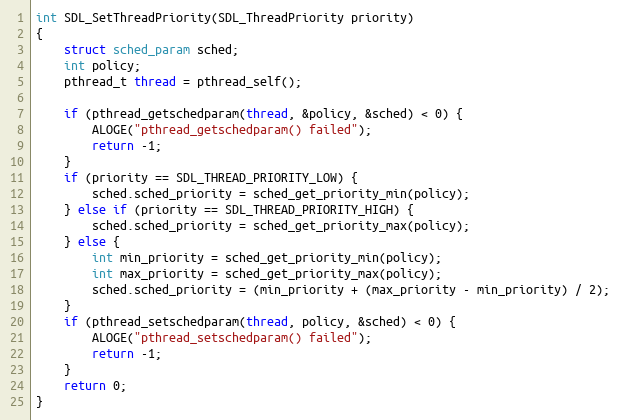
Language: C
int SDL_SetThreadPriority(SDL_ThreadPriority priority)
{
    struct sched_param sched;
    int policy;
    pthread_t thread = pthread_self();

    if (pthread_getschedparam(thread, &policy, &sched) < 0) {
        ALOGE("pthread_getschedparam() failed");
        return -1;
    }
    if (priority == SDL_THREAD_PRIORITY_LOW) {
        sched.sched_priority = sched_get_priority_min(policy);
    } else if (priority == SDL_THREAD_PRIORITY_HIGH) {
        sched.sched_priority = sched_get_priority_max(policy);
    } else {
        int min_priority = sched_get_priority_min(policy);
        int max_priority = sched_get_priority_max(policy);
        sched.sched_priority = (min_priority + (max_priority - min_priority) / 2);
    }
    if (pthread_setschedparam(thread, policy, &sched) < 0) {
        ALOGE("pthread_setschedparam() failed");
        return -1;
    }
    return 0;
}